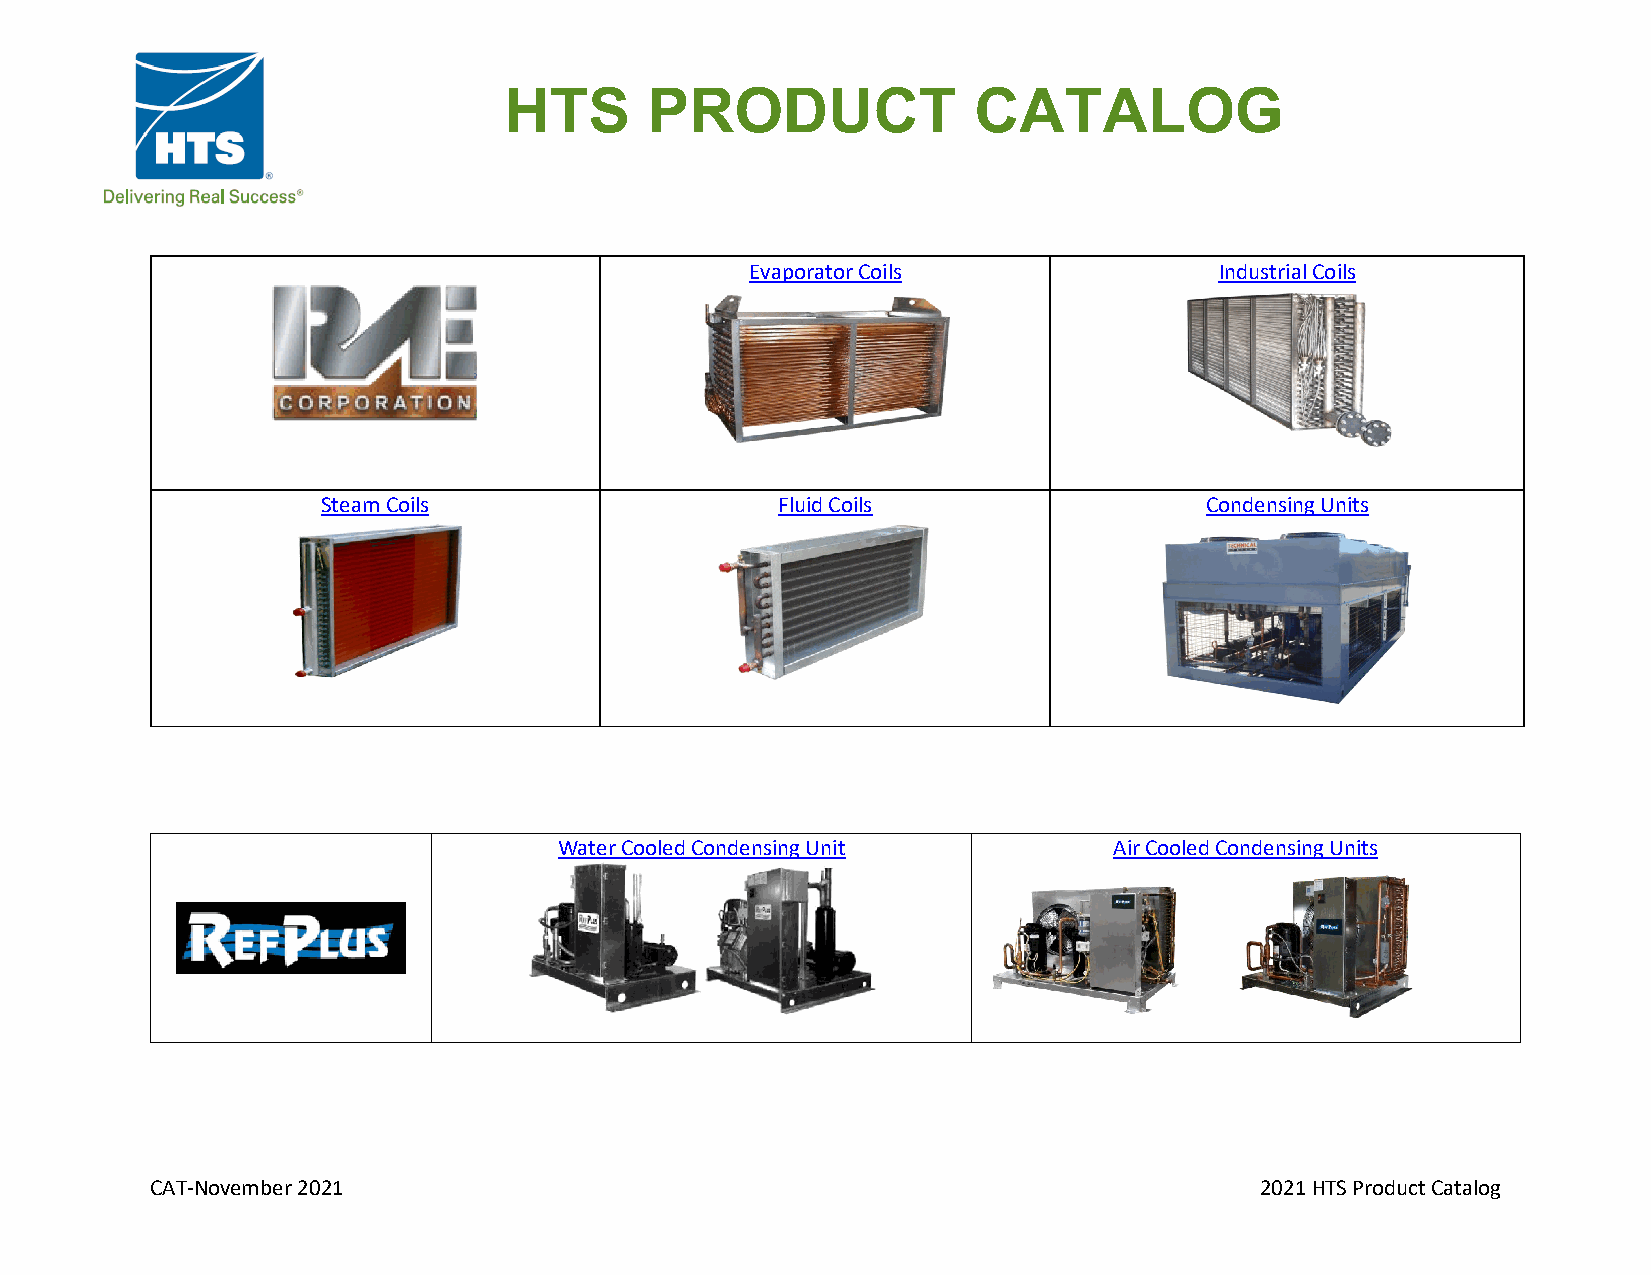
HTS       PRODUCT              CATALOG
 Evaporator Coils               Industrial Coils
 Steam Coils                   Fluid Coils                  Condensing Units
 Water Cooled Condensing Unit         Air Cooled Condensing Units
 CAT-November 2021                                                        2021 HTS Product Catalog